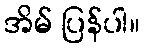
အိမ် ပြန်ပါ။